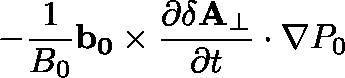
- \frac { 1 } { B _ { 0 } } \mathbf { b _ { 0 } } \times \frac { \partial \mathbf { \delta A _ { \perp } } } { \partial t } \cdot \nabla P _ { 0 }